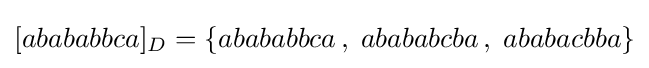
[abababbca]_{D}=\{abababbca\,,\;abababcba\,,\;ababacbba\}